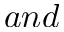
a n d